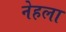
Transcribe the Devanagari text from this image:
नेहला